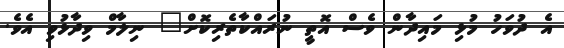
އެ ދުވަހު މުޅި މައިދާން ވެސް އޮތީ ނުރައްކާތެރިކޮށް" ނިލާމް ވިދާޅުވި އެވެ.